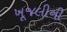
ખૂજલીની